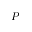
P